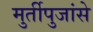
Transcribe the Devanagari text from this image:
मुर्तीपुजांसे